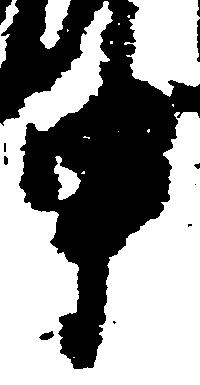
申